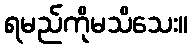
ရမည်ကိုမသိသေး။